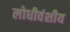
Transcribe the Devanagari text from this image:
लोधीवंशीय